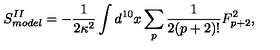
S _ { m o d e l } ^ { I I } = - \frac { 1 } { 2 \kappa ^ { 2 } } \int d ^ { 1 0 } x \sum _ { p } \frac { 1 } { 2 ( p + 2 ) ! } F _ { p + 2 } ^ { 2 } ,